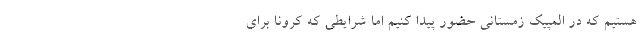
هستیم که در المپیک زمستانی حضور پیدا کنیم اما شرایطی که کرونا برای